Annual statistical returns and brief notes on vaccination in Bengal - 1896-1909
Year: 1896
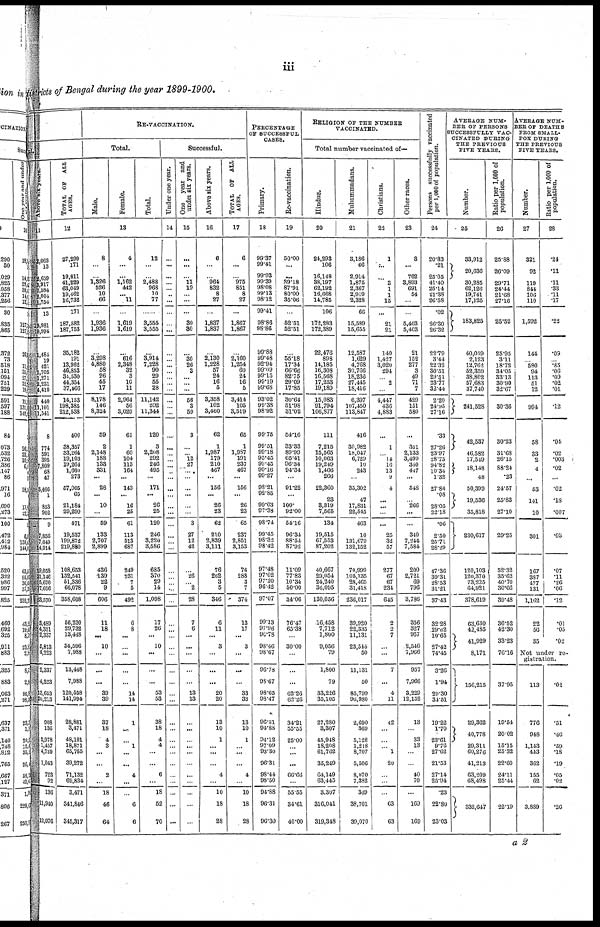
iii
districts of Bengal during the year 1899-1900.
Above six years.
11
2,068
13
2,659
3,917
7,584
2,004
1,754
13
19,981
19,994
1,484
19
421
1,705
1,271
2,231
4,410
440
11,101
11,541
8
774
591
395
7,809 68
47
...
1
853
902
9
7,856
7,049
14,914
19,058
21,140
5,670
17,696
63,570
3,489
4,351
2,337
5,813
4,223
2,337
4,223
13,653
20,213
908
136
2,978
1,457
4,739
1,043
723
92
136
11,940
12,076
TOTAL OF ALL
AGES.
12
27,299
171
19,811
41,229
63,049
19,462
16,732
171
187,582
187,753
35,182
191
13,962
46,853
34,530
44,354
37,466
14,153
198,385
212,538
406
38,357
33,264
19,103
19,264
1,660
273
57,005
65
21,184
29,299
471
19,537
199,872
219,880
108,653
132,541
51,336
66,078
358,608
56,230
29,732
13,448
34,596
7,988
13,448
7,988
120,558
141,994
28,881
3,471
48,101
18,871
65,755
39,272
71,132
69,834
3,471
341,846
345,317
RE-VACCINATION.
Total.
Male.
Female.
Total.
13
8
...
...
1,326
526
10
66
...
1,936
1,936
...
3,298
4,880
58
26
45
17
8,178
146
8,324
59
2
2,148
188
133
331
...
28
...
10
...
59
133
2,707
2,899
436
139
22
9
606
11
18
...
10
...
...
...
39
39
37
18
4
3
...
...
2
...
18
46
64
4
...
...
1,162
442
...
11
...
1,619
1,619
...
616
2,348
32
3
10
11
2,964
56
3,020
61
1
60
104
113
164
...
143
...
16
25
61
113
513
687
249
231
7
5
492
6
8
...
...
...
...
...
14
14
1
...
...
1
...
...
4
...
...
6
6
12
...
...
2,488
968
10
77
...
3,555
3,555
...
3,914
7,228
90
29
55
28
11,142
202
11,344
120
3
2,208
292
246
495
...
171
...
26
25
120
246
3,220
3,586
685
370
29
14
1,098
17
26
...
10
...
...
...
53
53
38
18
4
4
...
...
6
...
18
52
70
Successful.
Under one year.
14
...
...
...
...
...
...
...
...
...
...
...
...
...
...
...
...
...
...
...
...
...
...
...
...
...
...
...
...
...
...
...
...
...
...
...
...
...
...
...
...
...
...
...
...
...
...
...
...
...
...
...
...
...
...
...
...
...
...
...
...
One year and
under six years.
15
...
...
...
11
19
...
...
...
30
30
...
30
26
3
...
...
...
56
3
59
3
...
...
12
27
...
...
...
...
...
...
3
27
12
42
...
26
...
2
28
7
6
...
...
...
...
...
13
13
...
...
...
...
...
...
...
...
...
...
...
Above six years.
16
6
...
...
964
832
8
27
...
1,837
1,837
...
2,130
1,228
57
24
16
5
3,358
102
3,460
62
1
1,987
179
210
467
...
156
...
26
23
62
210
2,839
3,111
76
262
3
5
346
6
11
...
3
...
...
...
20
20
13
10
1
...
...
...
4
...
10
18
28
TOTAL OF ALL
AGES.
17
6
...
...
975
851
8
27
...
1,867
1,867
...
2,160
1,254
60
24
16
5
3,414
105
3,519
65
1
1,987
191
237
467
...
156
...
26
23
65
237
2,851
3,153
76
288
3
7
374
13
17
...
3
...
...
...
33
33
13
10
1
...
...
...
4
...
10
18
28
PERCENTAGE
OF SUCCESSFUL
CASES.
Primary.
18
99.37
99.41
99.93
99.39
98.08
99.13
98.12
99.41
98.86
98.86
99.88
99.48
92.94
99.09
99.15
99.19
99.68
93.02
99.38
98.92
99.75
99.51
99.18
95.45
99.45
99.16
99.27
98.21
92.85
99.03
97.38
98.74
99.45
98.32
98.42
97.48
97.02
97.20
96.42
97.07
99.13
97.96
90.78
98.46
98.67
96.78
98.67
98.65
98.47
96.81
94.88
94.12
97.09
93.30
96.31
98.44
98.50
94.88
96.31
96.30
Re-vaccination.
19
50.00
...
...
39.18
87.91
80.00
35.06
...
52.51
52.51
...
55.18
17.34
66.66
82.75
29.09
17.85
30.64
51.98
31.02
54.16
33.33
89.99
65.41
96.34
94.34
...
91.22
...
100.
92.00
54.16
96.34
88.54
87.92
11.09
77.83
10.34
50.00
34.06
76.47
65.38
...
30.00
...
...
...
62.26
62.26
34.21
55.55
25.00
...
...
...
66.66
...
55.55
34.61
40.00
RELIGION OF THE NUMBER
VACCINATED.
Total number vaccinated of—
Hindus.
20
24,293
106
16,148
38,197
62,192
16,668
14,785
106
172,283
172,389
22,476
898
14,185
16,308
16,568
17,253
19,189
15,083
91,794
106,877
111
7,215
15,565
10,068
19,249
1,466
266
22,360
23
3,319
7,565
134
19,515
67,553
87,202
40,667
29,054
24,240
36,095
130,056
16,458
7,712
1,800
9,056
79
1,800
79
33,226
35,105
27,280
3,307
45,948
18,208
61,762
35,249
64,149
63,445
3,307
316,041
319,348
Muhammadans.
21
3,186
66
2,914
1,875
2,367
2,919
2,328
66
15,589
15,655
12,587
1,629
4,768
30,766
18,236
27,445
18,416
6,397
107,450
113,847
416
30,982
18,047
6,729
10
243
...
35,302
47
17,831
22,545
463
10
131,679
132,152
70,999
105,135
28,465
31,418
236,017
39,920
22,335
11,131
23,544
50
11,131
50
85,799
96,980
2,690
369
5,128
1,218
8,707
5,506
8,070
7,382
369
38,701
39,070
Christians.
22
1
...
...
3
1
1
15
...
21
21
140
1,427
3,020
294
...
2
...
4,447
436
4,883
...
1
...
14
16
13
9
4
...
...
...
...
25
32
57
277
67
67
234
645
2
2 7
...
...
7
...
4
11
42
...
...
...
1
20
...
...
...
63
63
Other races.
23
3
...
762
3,893
691
54
...
...
6,403
5,403
21
152
277
3
49
71
7
429
151
580
...
351
2,133
3,499
340
447
...
548
...
266
...
...
340
7,244
7,584
200
2,721
69
796
3,786
356
327
957
2,546
7,966
957
7,966
3,229
12,152
13
...
33
13
...
...
40
70
...
160
169
Persons successfully vaccinated
per 1,000 of population.
24
20.83
.21
25.05
41.40
25.14
21.38
26.58
.02
26.30
26.32
22.79
3.44
22.32
30.51
29.51
23.77
32.44
2.20
24.95
27.16
.33
27.26
23.97
28.75
94.82
10.34
1.32
27.86
.08
28.05
22.18
.06
2.50
25.71
28.29
47.36
39.31
28.53
31.21
37.43
32.28
29.62
10.65
27.42
74.45
3.26
1.94
29.30
34.51
19.22
1.70
23.61
9.76
27.62
21.53
27.14
25.94
.23
22.80
23.03
AVERAGE NUM-
--- OF PERSONS
SUCCESSFULLY VAC-
CINATED DURING
THE PREVIOUS
FIVE TEARS.
Number.
25
33,912
20,636
30,285
62,126
19,741
17,125
183,825
40,059
2,123
12,762
52,359
38,802
57,683
37,740
241,528
48,537
46,582
17,549
18,148
48
50,399
19,536
35,818
230,617
120,103
120,370
73,225
64,921
378,619
63,630
42,485
41,929
8,171
156,215
29,362
40,778
29,311
60,276
41,213
63,209
68,498
332,647
Ratio per 1,000 of
population.
26
25.88
26.09
29.71
24.44
21.68
27.16
25.52
25.95
3.11
18.72
34.05
33.13
30.90
32.67
30.36
30.23
31.68
26.15
88.24
.23
24.57
25.83
27.10
29.25
52.32
35.62
40.70
30.66
39.48
36.52
42.30
33.23
76.16
37.95
19.54
20.02
15.15
25.32
22.60
24.11
25.44
22.19
AVERAGE NUM-
--- OF DEATHS
FROM SMALL-
POX DURING
THE PREVIOUS
FIVE YEARS.
Number.
27
321
92
119
844
106
110
1,592
144
...
580
94
113
51
12
994
58
33
2
4
...
53
141
10
301
167
387
477
131
1,162
22
56
35
Ratio per 1,000 of
population.
28
.24
.11
.11
.33
.11
.17
.22
.09
...
.35
.06
.09
.02
.01
.12
.04
.02
.003
.02
...
.02
.18
.007
.08
.07
.11
.26
.06
.12
.01
.05
.02
Not under re-
gistration.
113
776
948
1,143
443
362
155
62
3,889
.02
.51
.46
.59
.18
.19
.05
.02
.26
a 2